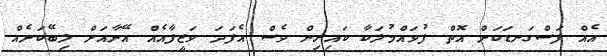
އެއް ފަސްގަނޑަކަށް އޮތް ފުވައްމުލަކާ ކައިރިން ވެސް އެފަދަ ވަޒީފާއެއް އޭނާއަށް ލިބޭކަށެއް